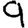
Digit: 9